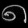
Digit: ၈